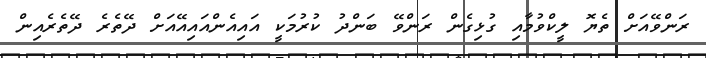
ރަންވޭއަށް ތެޔޮ ލީކްވުމާއި ގުޅިގެން ރަންވޭ ބަންދު ކުރުމަކީ އައިއެންއައިއޭއަށް ދޭތެރެ ދޭތެރެއިން